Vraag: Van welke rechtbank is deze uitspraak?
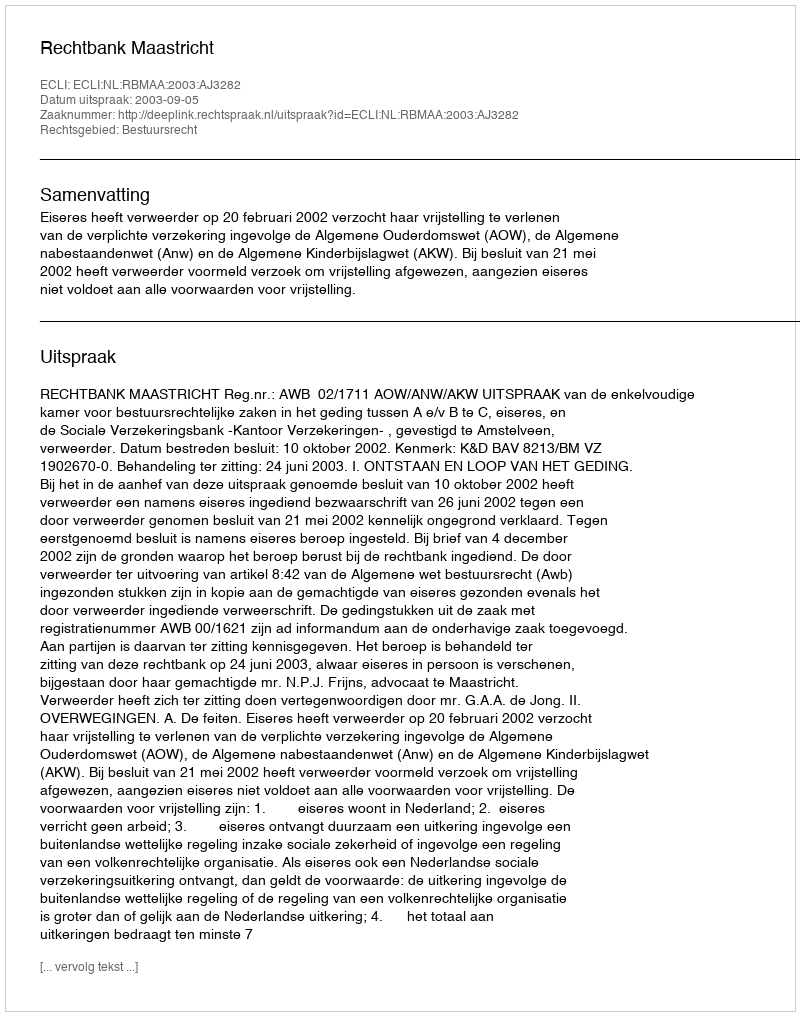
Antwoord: Rechtbank Maastricht